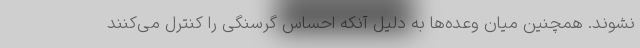
نشوند. همچنین میان وعده‌ها به دلیل آنکه احساس گرسنگی را کنترل می‌کنند